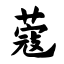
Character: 蔻